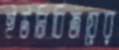
ইউনিবিজয়ের